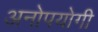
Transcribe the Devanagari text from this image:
अनोपयोगी